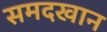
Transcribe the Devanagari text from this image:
समदखान